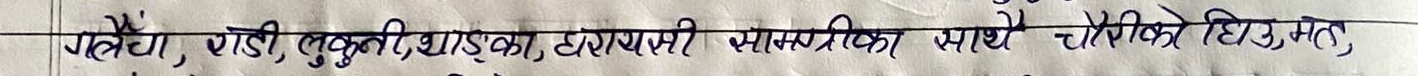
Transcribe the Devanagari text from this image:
गले, गेडी, लुकी, खुल्का, हाडमासी सामग्री साथे - चौरीको बिउ, महु,